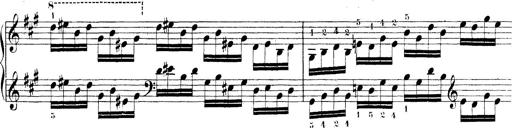
Title: Technische Studien
Composer: Franz Liszt